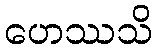
ဟေဿသိ